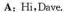
A;Hi,Dave.